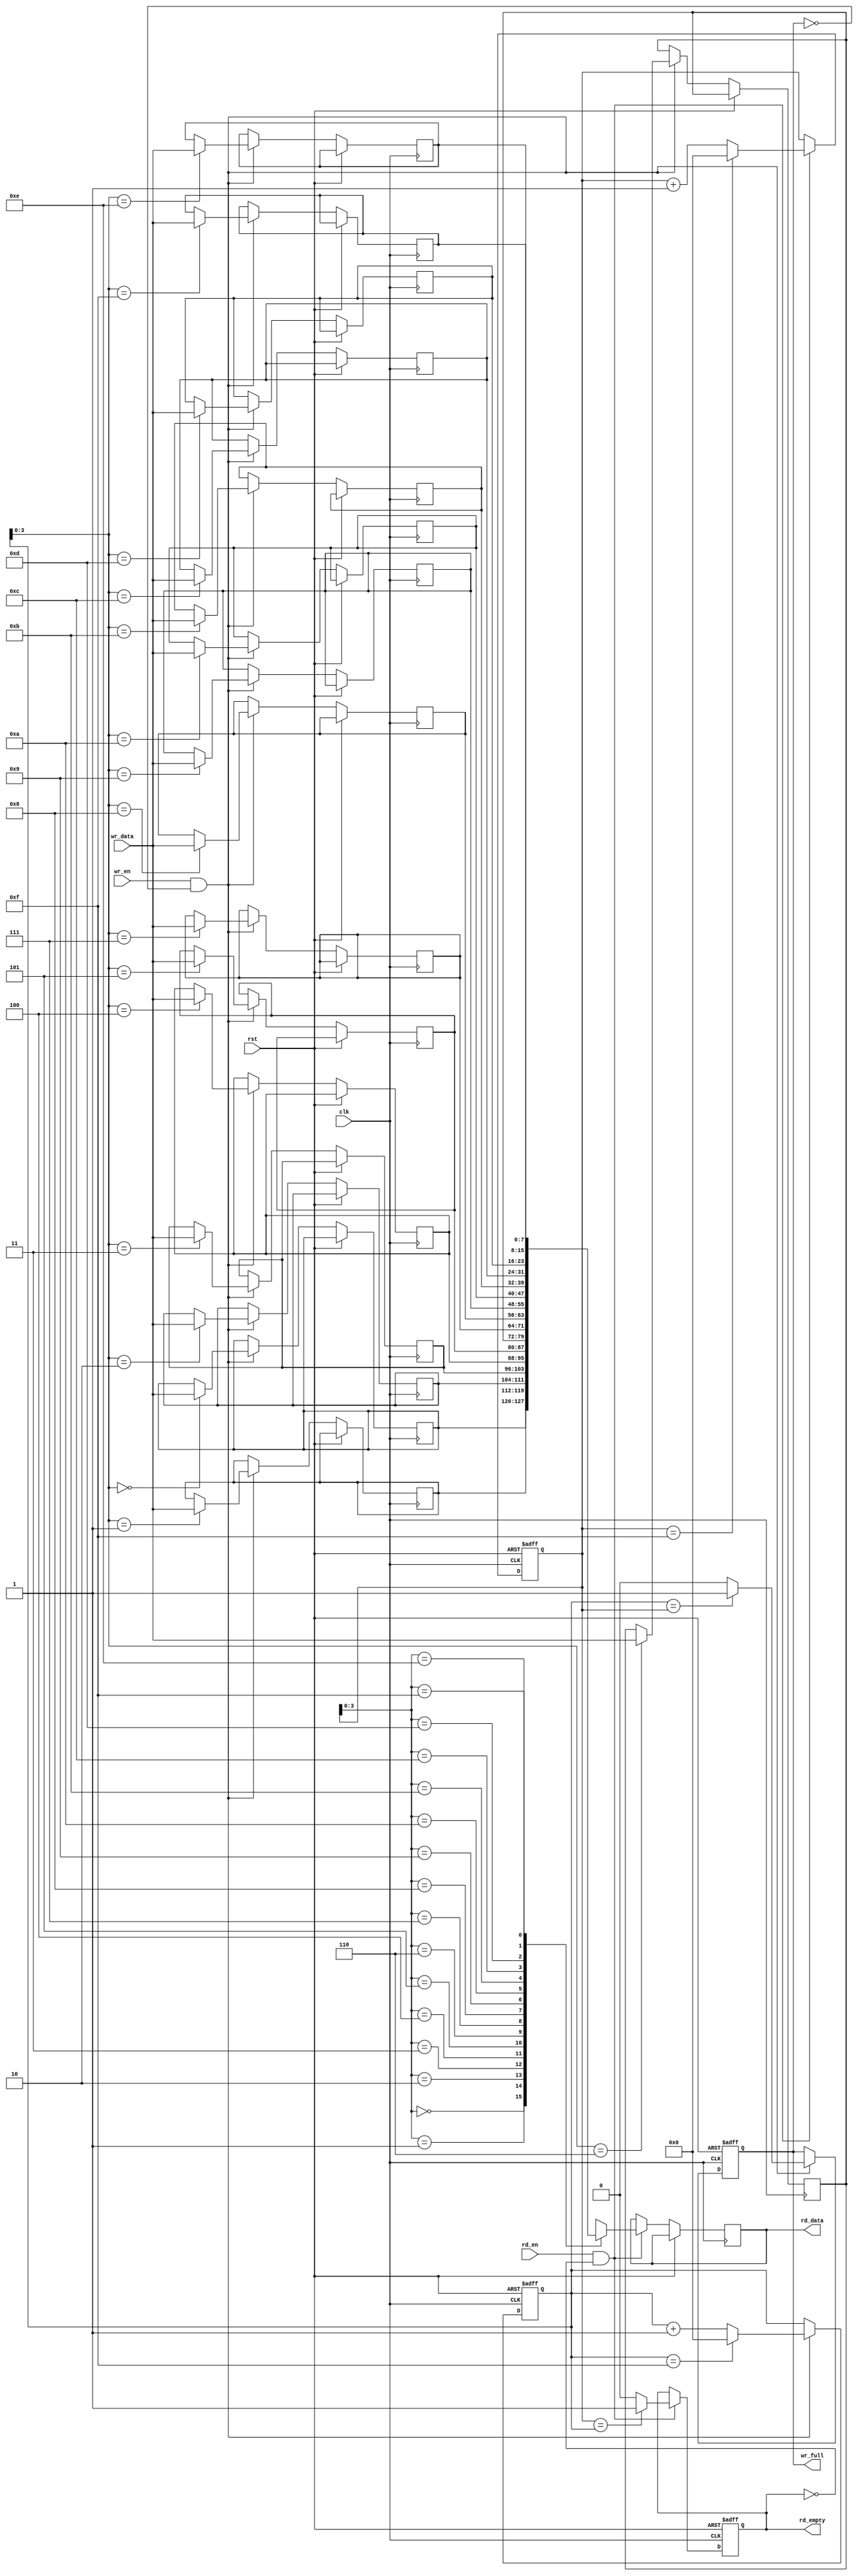
module fifo #(
    parameter DATA_WIDTH = 8, // configurable width parameter
    parameter DEPTH = 16 // configurable depth parameter
)(
    input wire clk, // clock signal
    input wire rst, // reset signal
    input wire wr_en, // write enable signal
    input wire [DATA_WIDTH-1:0] wr_data, // data input
    output reg wr_full, // write full flag
    input wire rd_en, // read enable signal
    output reg [DATA_WIDTH-1:0] rd_data, // data output
    output reg rd_empty // read empty flag
);

reg [DATA_WIDTH-1:0] mem [DEPTH-1:0]; // storage array
reg [DATA_WIDTH-1:0] wr_ptr; // write pointer
reg [DATA_WIDTH-1:0] rd_ptr; // read pointer

always @(posedge clk or posedge rst) begin
    if (rst) begin
        wr_ptr <= 0;
        rd_ptr <= 0;
        wr_full <= 0;
        rd_empty <= 1;
    end else begin
        if (wr_en && !wr_full) begin
            mem[wr_ptr] <= wr_data;
            wr_ptr <= (wr_ptr == DEPTH-1) ? 0 : wr_ptr + 1;
            wr_full <= (wr_ptr == rd_ptr) ? 1 : 0;
        end
        if (rd_en && !rd_empty) begin
            rd_data <= mem[rd_ptr];
            rd_ptr <= (rd_ptr == DEPTH-1) ? 0 : rd_ptr + 1;
            rd_empty <= (rd_ptr == wr_ptr) ? 1 : 0;
        end
    end
end

endmodule